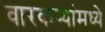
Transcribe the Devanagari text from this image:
वारकर्‍यांमध्ये